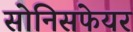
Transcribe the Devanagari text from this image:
सोनिसफेयर